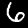
Label: 6